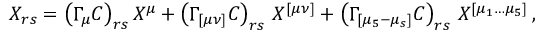
X _ { r s } = \left( \Gamma _ { \mu } C \right) _ { r s } X ^ { \mu } + \left( \Gamma _ { [ \mu \nu ] } C \right) _ { r s } \, X ^ { [ \mu \nu ] } + \left( \Gamma _ { [ \mu _ { 5 } - \mu _ { s } ] } C \right) _ { r s } \, X ^ { [ \mu _ { 1 } \ldots \mu _ { 5 } ] } \, ,